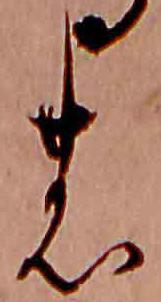
の